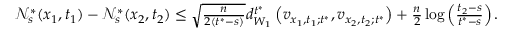
\begin{array} { r } { \ensuremath { \mathcal { N } } _ { s } ^ { * } ( x _ { 1 } , t _ { 1 } ) - \ensuremath { \mathcal { N } } _ { s } ^ { * } ( x _ { 2 } , t _ { 2 } ) \le \sqrt { \frac { n } { 2 ( t ^ { * } - s ) } } d _ { W _ { 1 } } ^ { t ^ { * } } \left( v _ { x _ { 1 } , t _ { 1 } ; t ^ { * } } , v _ { x _ { 2 } , t _ { 2 } ; t ^ { * } } \right) + \frac { n } { 2 } \log \left( \frac { t _ { 2 } - s } { t ^ { * } - s } \right) . } \end{array}